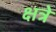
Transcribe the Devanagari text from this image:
क्षत्रे